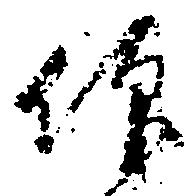
仰